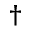
^ \dag